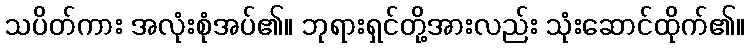
သပိတ်ကား အလုံးစုံအပ်၏။ ဘုရားရှင်တို့အားလည်း သုံးဆောင်ထိုက်၏။